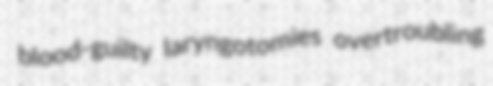
blood-guilty laryngotomies overtroubling